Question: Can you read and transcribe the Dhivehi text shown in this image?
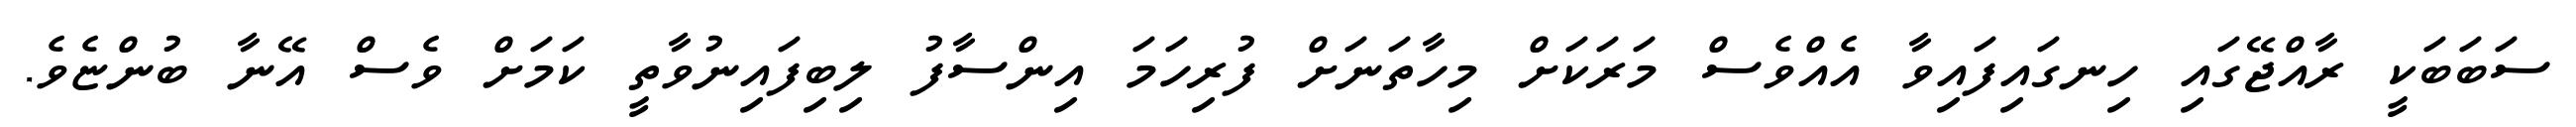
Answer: ސަބަބަކީ ރާއްޖޭގައި ހިނގައިފައިވާ އެއްވެސް މަރަކަށް މިހާތަނަށް ފުރިހަމަ އިންސާފު ލިބިފައިނުވާތީ ކަމަށް ވެސް އޭނާ ބުންޏެވެ.